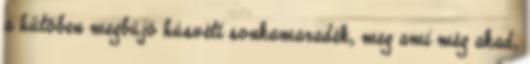
a hűtőben megbújó húsvéti sonkamaradék, meg ami még akad,